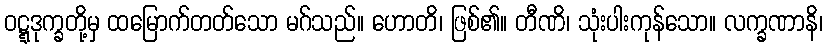
ဝဋ္ဋဒုက္ခတို့မှ ထမြောက်တတ်သော မဂ်သည်။ ဟောတိ၊ ဖြစ်၏။ တီဏိ၊ သုံးပါးကုန်သော။ လက္ခဏာနိ၊